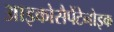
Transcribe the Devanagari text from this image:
आइकोसैपेंटेनोइक